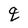
Character: q